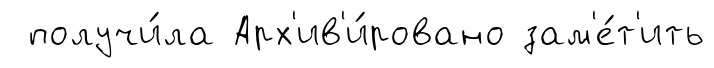
получи́ла Арх'ив'и́ровано зам'е́т'ить